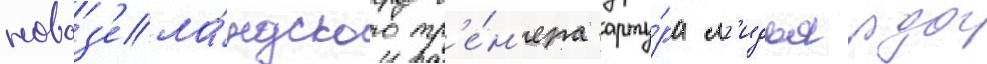
новоз'ела́ндского тр'е́н'ера арту́ра л'идьярда